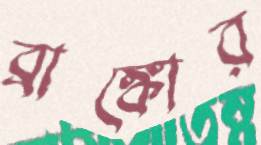
ব্রাঙ্কোর